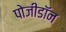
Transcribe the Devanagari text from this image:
पोजीडॉन